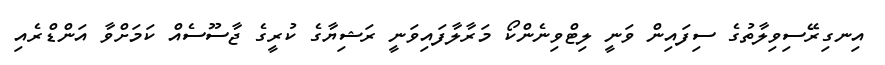
އިނގިރޭސިވިލާތުގެ ސިފައިން ވަނީ ލިޓްވިނެންކޯ މަރާލާފައިވަނީ ރަޝިޔާގެ ކުރީގެ ޖާސޫސެެއް ކަމަށްވާ އަންޑްރެއި